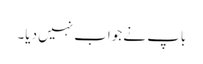
باپ نے جواب نہیں دیا۔